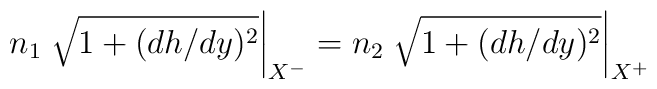
n_{1}\left. \sqrt{1+ (dh/dy)^{2}} \right|_{X^{-}}    = n_{2}\left. \sqrt{1+ (dh/dy)^{2}} \right|_{X^{+}}